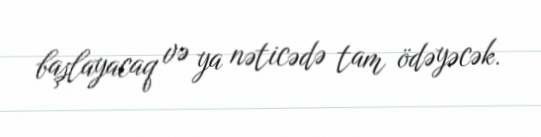
başlayacaq və ya nəticədə tam ödəyəcək.